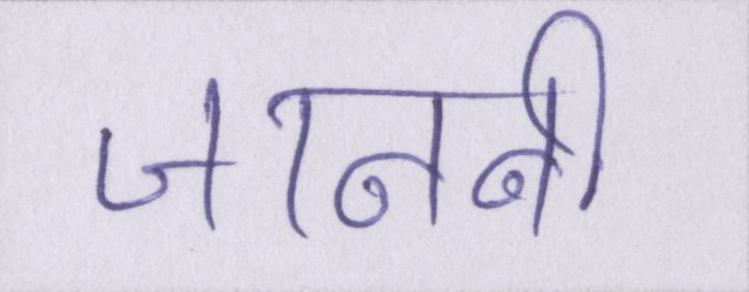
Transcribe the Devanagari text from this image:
जाननी